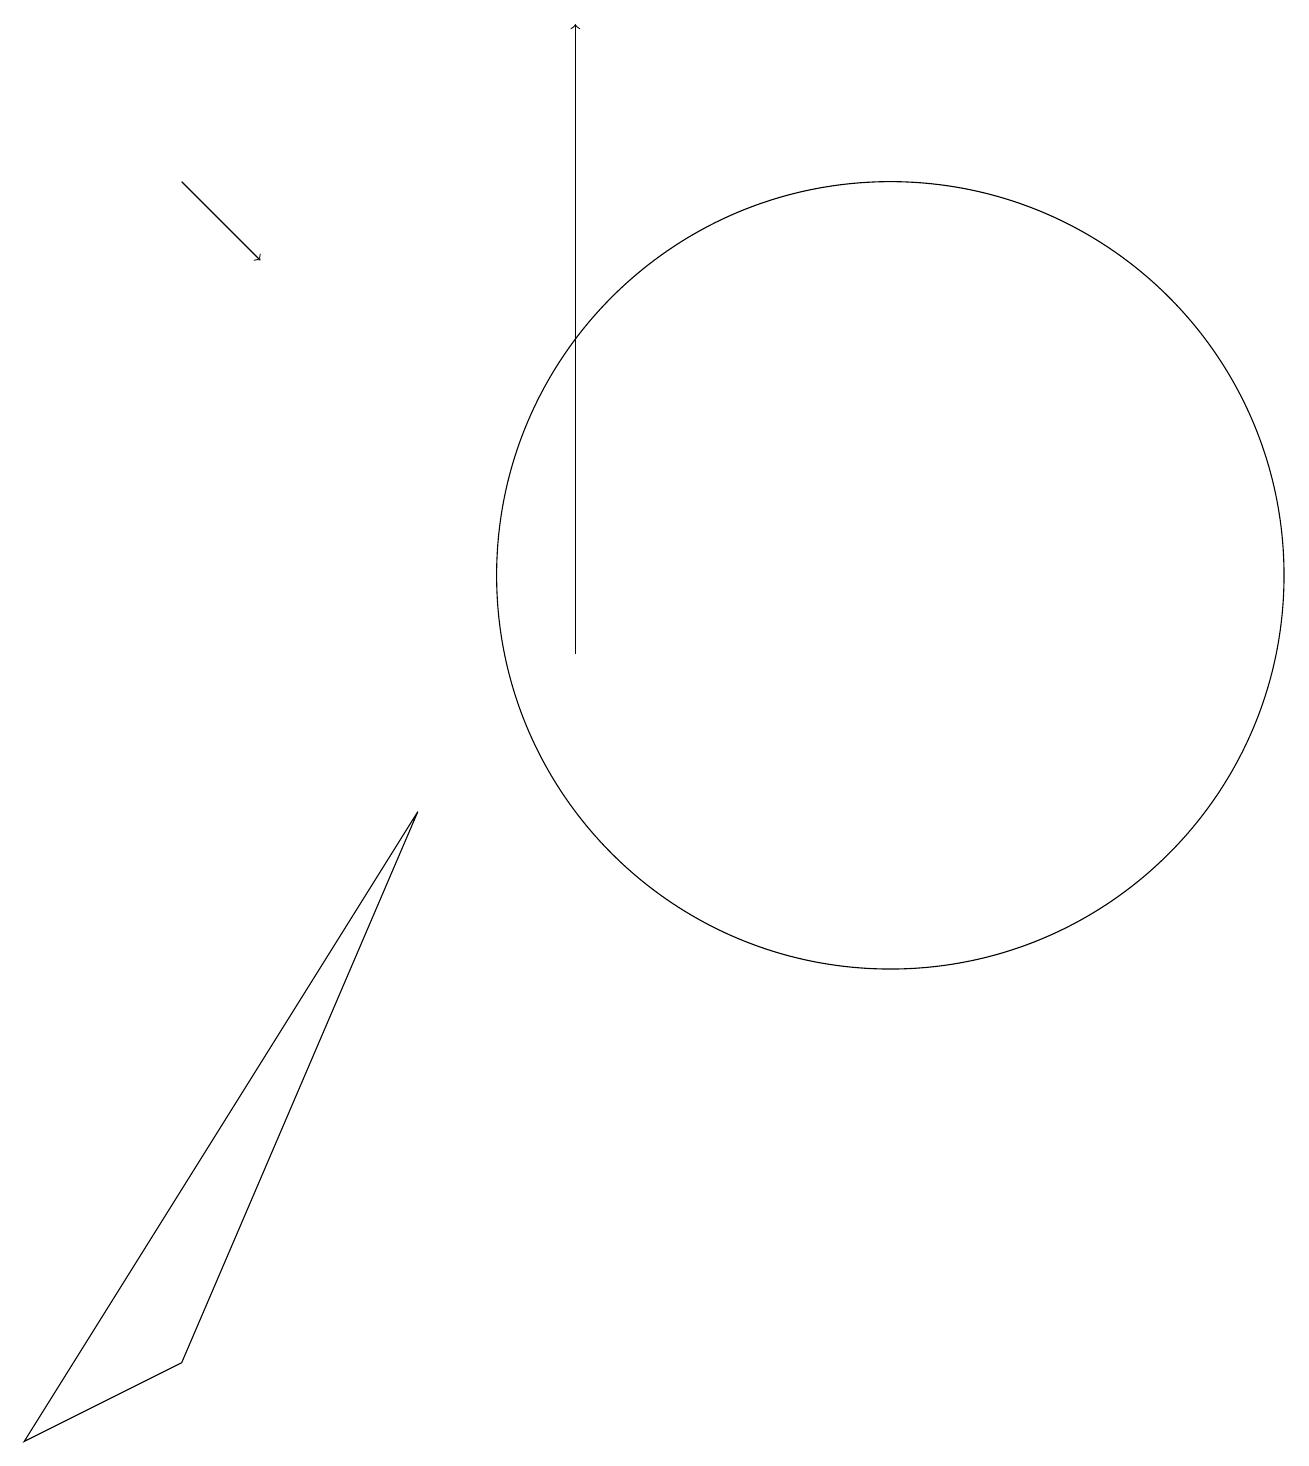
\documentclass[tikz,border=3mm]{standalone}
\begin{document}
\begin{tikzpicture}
\draw[->] (7,11) -- (7,19);
\draw (11,12) circle (5);
\draw (0,1) -- (2,2) -- (5,9) -- cycle;
\draw[->] (2,17) -- (3,16);
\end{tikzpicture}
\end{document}